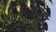
કાછડી